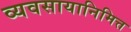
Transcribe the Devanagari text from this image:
व्यवसायानिमित्त